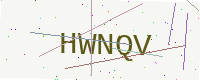
Text: HWNQV